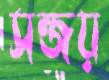
সন্জয়